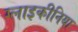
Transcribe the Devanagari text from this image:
ग्लाइकीनिया